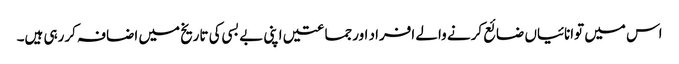
اس میں توانائیاں ضائع کرنے والے افراد اورجماعتیں اپنی بے بسی کی تاریخ میں اضافہ کررہی ہیں۔